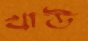
খাউ